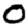
Digit: 0